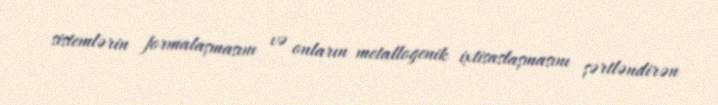
sistemlərin formalaşmasını və onların metallogenik ixtisaslaşmasını şərtləndirən